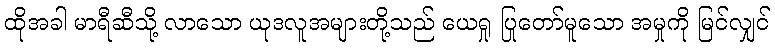
ထိုအခါ မာရီဆီသို့ လာသော ယုဒလူအများတို့သည် ယေရှု ပြုတော်မူသော အမှုကို မြင်လျှင်